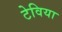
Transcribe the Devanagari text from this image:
टेविया